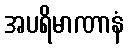
အပရိမာဏာနံ